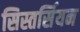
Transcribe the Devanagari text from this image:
सिस्तर्सियन